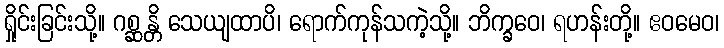
ရှိုင်းခြင်းသို့။ ဂစ္ဆန္တိ သေယျထာပိ၊ ရောက်ကုန်သကဲ့သို့။ ဘိက္ခဝေ၊ ရဟန်းတို့။ ဧဝမေဝ၊